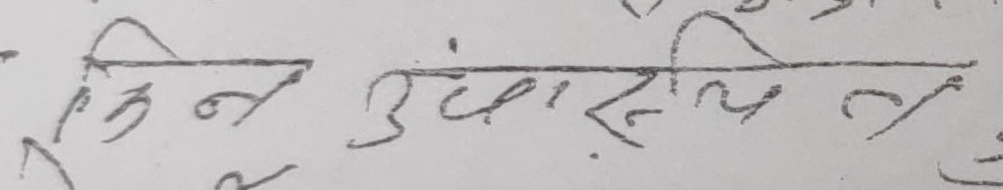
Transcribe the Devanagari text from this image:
हिन उचारिएल